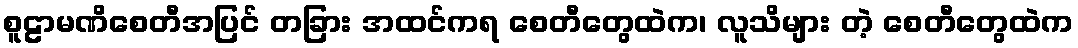
စူဠာမဏိစေတီအပြင် တခြား အထင်ကရ စေတီတွေထဲက၊ လူသိများ တဲ့ စေတီတွေထဲက